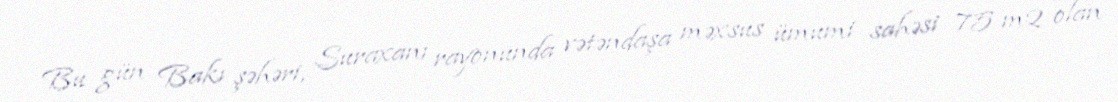
Bu gün Bakı şəhəri, Suraxanı rayonunda vətəndaşa məxsus ümumi sahəsi 75 m2 olan